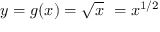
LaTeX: y = g ( x ) = { \sqrt { x } } \ = x ^ { 1 / 2 }